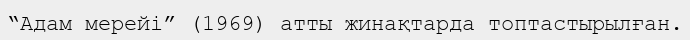
“Адам мерейі” (1969) атты жинақтарда топтастырылған.